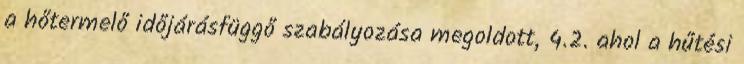
a hőtermelő időjárásfüggő szabályozása megoldott, 4.2. ahol a hűtési